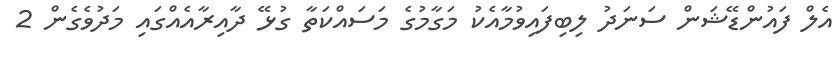
އެލް ފައުންޑޭޝަން ސަނަދު ލިބިފައިވުމާއެކު މަގާމުގެ މަސައްކަތާ ގުޅޭ ދާއިރާއެއްގައި މަދުވެގެން 2